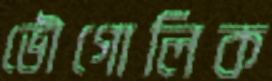
ভৌগোলিক